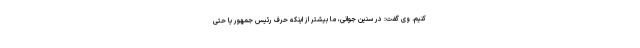
کنیم. وی گفت: در سنین جوانی، ما بیشتر از اینکه حرف رئیس جمهور یا حتی